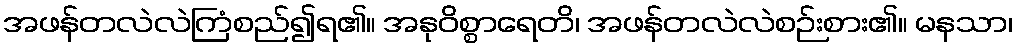
အဖန်တလဲလဲကြံစည်၍ရ၏။ အနုဝိစ္စာရေတိ၊ အဖန်တလဲလဲစဉ်းစား၏။ မနသာ၊